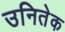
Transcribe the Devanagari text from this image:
उनितेक